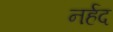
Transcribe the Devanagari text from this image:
नर्हद